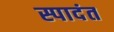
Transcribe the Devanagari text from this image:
स्पादंत